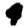
Digit: 4